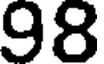
98